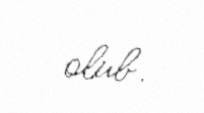
olub.